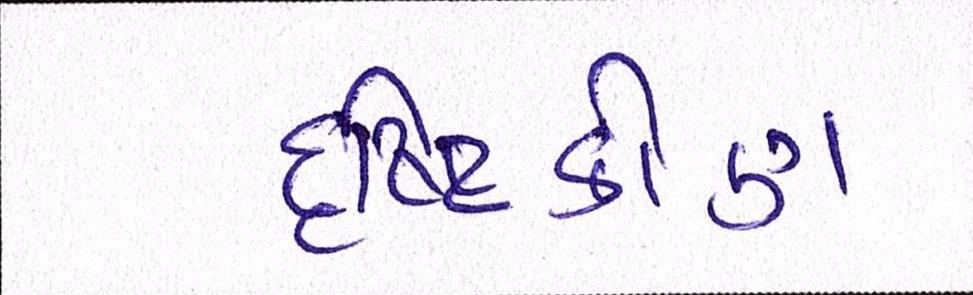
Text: દૃષ્ટિકોણ